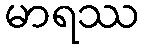
မာရဿ